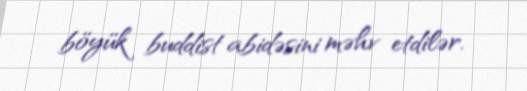
böyük buddist abidəsini məhv etdilər.